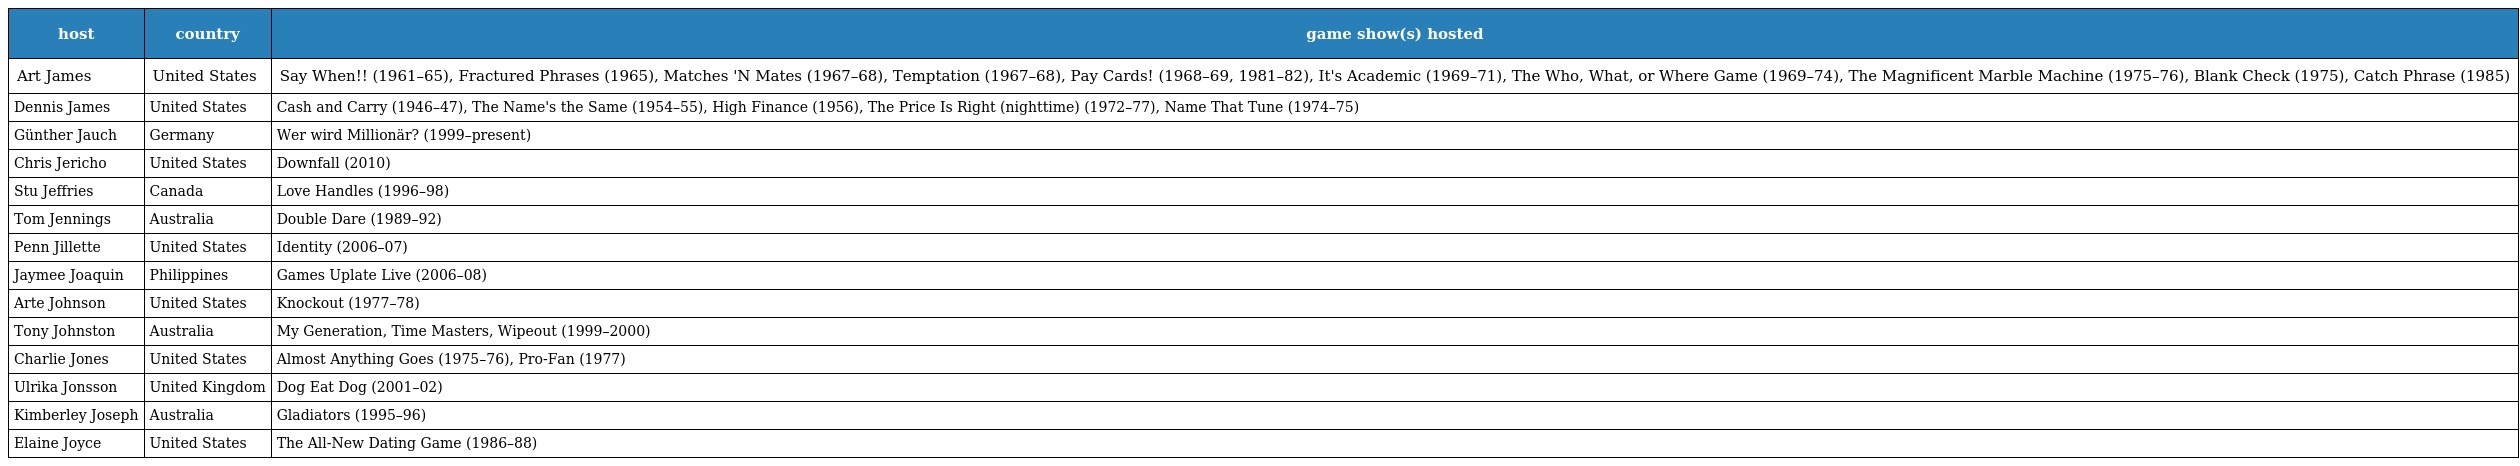
| host | country | game show(s) hosted |
 | --- | --- | --- |
 | Art James | United States | Say When!! (1961–65), Fractured Phrases (1965), Matches 'N Mates (1967–68), Temptation (1967–68), Pay Cards! (1968–69, 1981–82), It's Academic (1969–71), The Who, What, or Where Game (1969–74), The Magnificent Marble Machine (1975–76), Blank Check (1975), Catch Phrase (1985) |
 | Dennis James | United States | Cash and Carry (1946–47), The Name's the Same (1954–55), High Finance (1956), The Price Is Right (nighttime) (1972–77), Name That Tune (1974–75) |
 | Günther Jauch | Germany | Wer wird Millionär? (1999–present) |
 | Chris Jericho | United States | Downfall (2010) |
 | Stu Jeffries | Canada | Love Handles (1996–98) |
 | Tom Jennings | Australia | Double Dare (1989–92) |
 | Penn Jillette | United States | Identity (2006–07) |
 | Jaymee Joaquin | Philippines | Games Uplate Live (2006–08) |
 | Arte Johnson | United States | Knockout (1977–78) |
 | Tony Johnston | Australia | My Generation, Time Masters, Wipeout (1999–2000) |
 | Charlie Jones | United States | Almost Anything Goes (1975–76), Pro-Fan (1977) |
 | Ulrika Jonsson | United Kingdom | Dog Eat Dog (2001–02) |
 | Kimberley Joseph | Australia | Gladiators (1995–96) |
 | Elaine Joyce | United States | The All-New Dating Game (1986–88) |